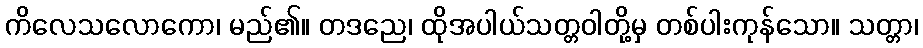
ကိလေသလောကော၊ မည်၏။ တဒညေ၊ ထိုအပါယ်သတ္တဝါတို့မှ တစ်ပါးကုန်သော။ သတ္တာ၊